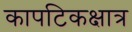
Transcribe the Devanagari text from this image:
कापटिकक्षात्र